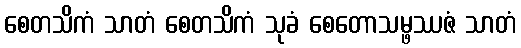
စေတသိကံ သာတံ စေတသိကံ သုခံ စေတောသမ္ဖဿဇံ သာတံ